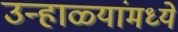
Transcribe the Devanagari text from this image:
उन्हाळ्यांमध्ये